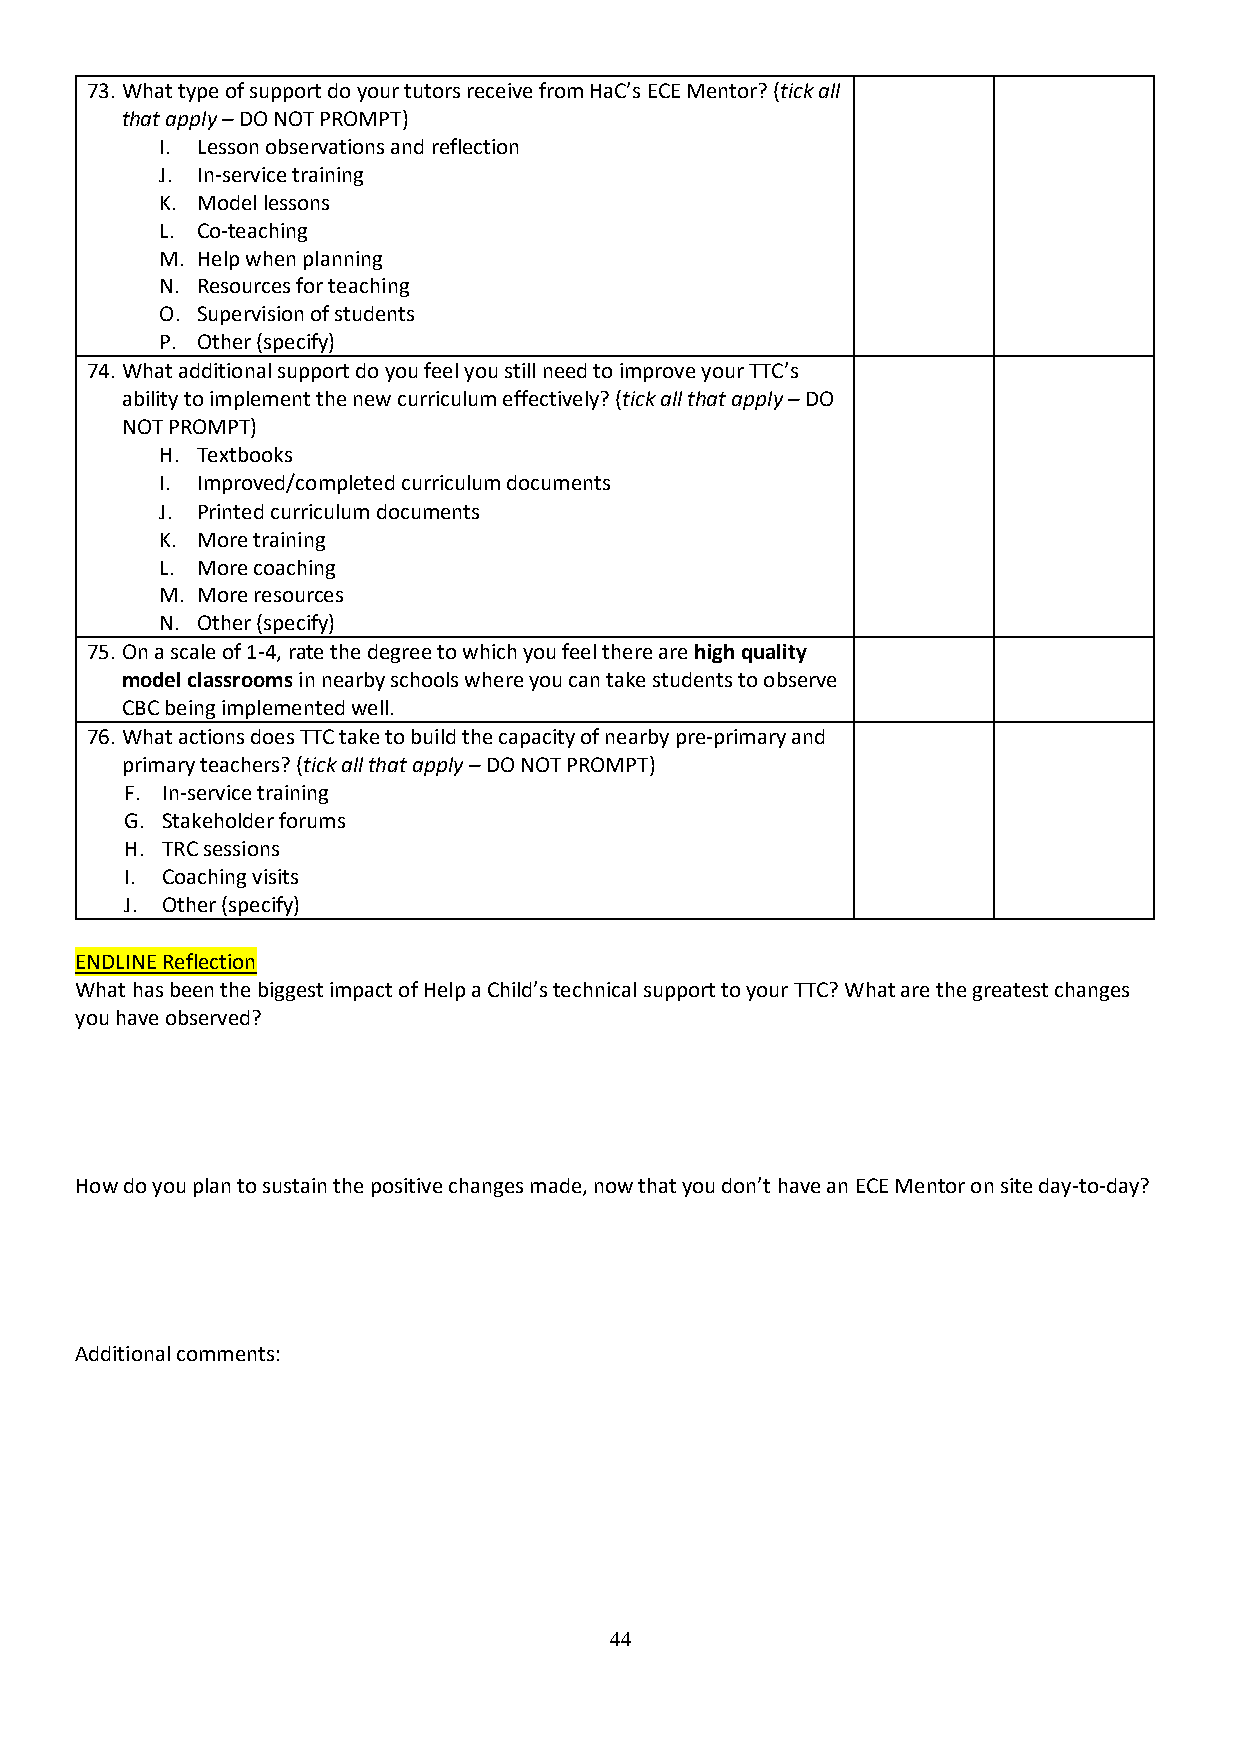
73. What type of support do your tutors receive from HaC’s ECE Mentor? (tick all
 that apply – DO NOT PROMPT)
 I. Lesson observations and reflection
 J. In-service training
 K. Model lessons
 L. Co-teaching
 M. Help when planning
 N. Resources for teaching
 O. Supervision of students
 P. Other (specify)
 74. What additional support do you feel you still need to improve your TTC’s
 ability to implement the new curriculum effectively? (tick all that apply – DO
 NOT PROMPT)
 H. Textbooks
 I. Improved/completed curriculum documents
 J. Printed curriculum documents
 K. More training
 L. More coaching
 M. More resources
 N. Other (specify)
 75. On a scale of 1-4, rate the degree to which you feel there are high quality
 model classrooms in nearby schools where you can take students to observe
 CBC being implemented well.
 76. What actions does TTC take to build the capacity of nearby pre-primary and
 primary teachers? (tick all that apply – DO NOT PROMPT)
 F. In-service training
 G. Stakeholder forums
 H. TRC sessions
 I. Coaching visits
 J. Other (specify)
 ENDLINE Reflection
 What has been the biggest impact of Help a Child’s technical support to your TTC? What are the greatest changes
 you have observed?
 How do you plan to sustain the positive changes made, now that you don’t have an ECE Mentor on site day-to-day?
 Additional comments:
 44